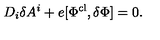
D _ { i } \delta A ^ { i } + e [ \Phi ^ { \mathrm { c l } } , \delta \Phi ] = 0 .